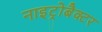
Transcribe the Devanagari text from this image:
नाइट्रोबैक्टर